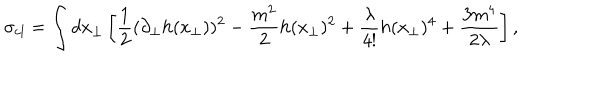
\sigma _ { \mathrm { c l } } = \int d x _ { \bot } \left[ \frac { 1 } { 2 } ( \partial _ { \bot } h ( x _ { \bot } ) ) ^ { 2 } - \frac { m ^ { 2 } } { 2 } h ( x _ { \bot } ) ^ { 2 } + \frac { \lambda } { 4 ! } h ( x _ { \bot } ) ^ { 4 } + \frac { 3 m ^ { 4 } } { 2 \lambda } \right] ,